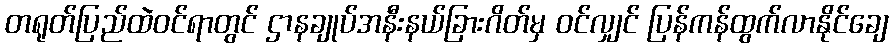
တရုတ်ပြည်ထဲဝင်ရာတွင် ဌာနချုပ်အနီးနယ်ခြားဂိတ်မှ ဝင်လျှင် ပြန်ကန်ထွက်လာနိုင်ချေ